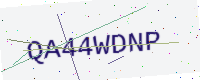
Text: QA44WDNP